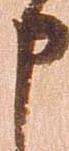
申